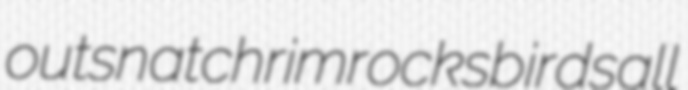
outsnatch rimrocks birdsall